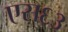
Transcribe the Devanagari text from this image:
एस६३